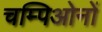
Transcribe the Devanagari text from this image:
चम्पिओनों